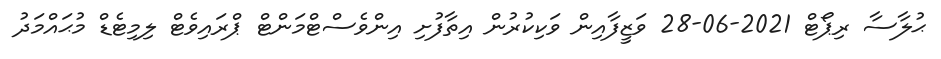
ޙުލާސާ ރިޕޯޓް 2021-06-28 ވަޒީފާއިން ވަކިކުރުން އިތާފުށި އިންވެސްޓްމަންޓް ޕްރައިވެޓް ލިމިޓެޑް މުޙައްމަދު